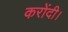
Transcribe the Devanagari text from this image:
करोंदी।